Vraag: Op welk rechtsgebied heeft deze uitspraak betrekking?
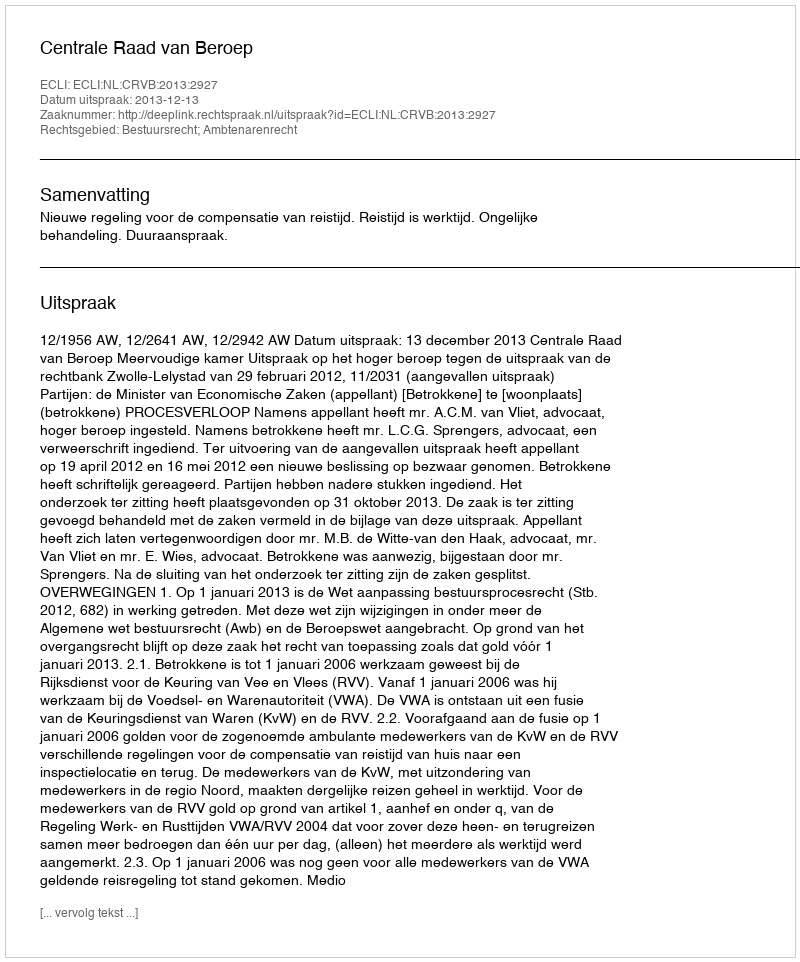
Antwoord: Bestuursrecht; Ambtenarenrecht